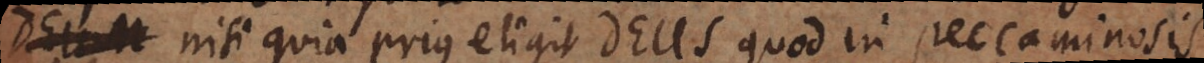
Deum nisi quia prius eligit Deus, quod in peccaminosis